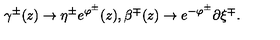
\gamma ^ { \pm } ( z ) \to \eta ^ { \pm } e ^ { \varphi ^ { \pm } } ( z ) , \beta ^ { \mp } ( z ) \to e ^ { - \varphi ^ { \pm } } \partial \xi ^ { \mp } .